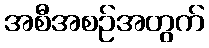
အစီအစဉ်အတွက်